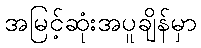
အမြင့်ဆုံးအပူချိန်မှာ